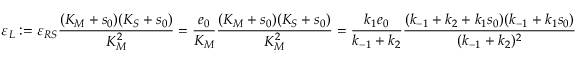
\varepsilon _ { L } : = \varepsilon _ { R S } \frac { ( K _ { M } + s _ { 0 } ) ( K _ { S } + s _ { 0 } ) } { K _ { M } ^ { 2 } } = \frac { e _ { 0 } } { K _ { M } } \frac { ( K _ { M } + s _ { 0 } ) ( K _ { S } + s _ { 0 } ) } { K _ { M } ^ { 2 } } = \frac { k _ { 1 } e _ { 0 } } { k _ { - 1 } + k _ { 2 } } \frac { ( k _ { - 1 } + k _ { 2 } + k _ { 1 } s _ { 0 } ) ( k _ { - 1 } + k _ { 1 } s _ { 0 } ) } { ( k _ { - 1 } + k _ { 2 } ) ^ { 2 } }